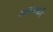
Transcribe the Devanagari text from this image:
मकावनी